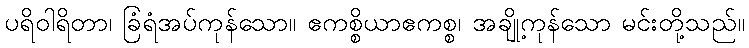
ပရိဝါရိတာ၊ ခြံရံအပ်ကုန်သော။ ဧကစ္စိယာဧကစ္စ၊ အချို့ကုန်သော မင်းတို့သည်။